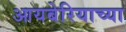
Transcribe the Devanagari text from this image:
आयबेरियाच्या